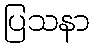
ပြသနာ